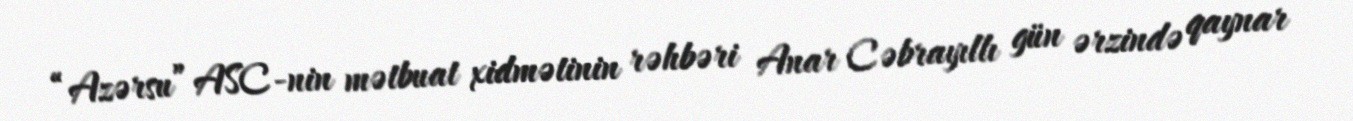
“Azərsu” ASC-nin mətbuat xidmətinin rəhbəri Anar Cəbrayıllı gün ərzində qaynar